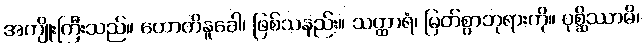
အကျိုးကြီးသည်။ ဟောတိနူခေါ၊ ဖြစ်သနည်း။ သတ္ထာရံ၊ မြတ်စွာဘုရားကို။ ပုစ္ဆိဿာမိ၊